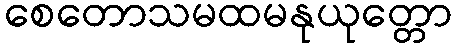
စေတောသမထမနုယုတ္တော